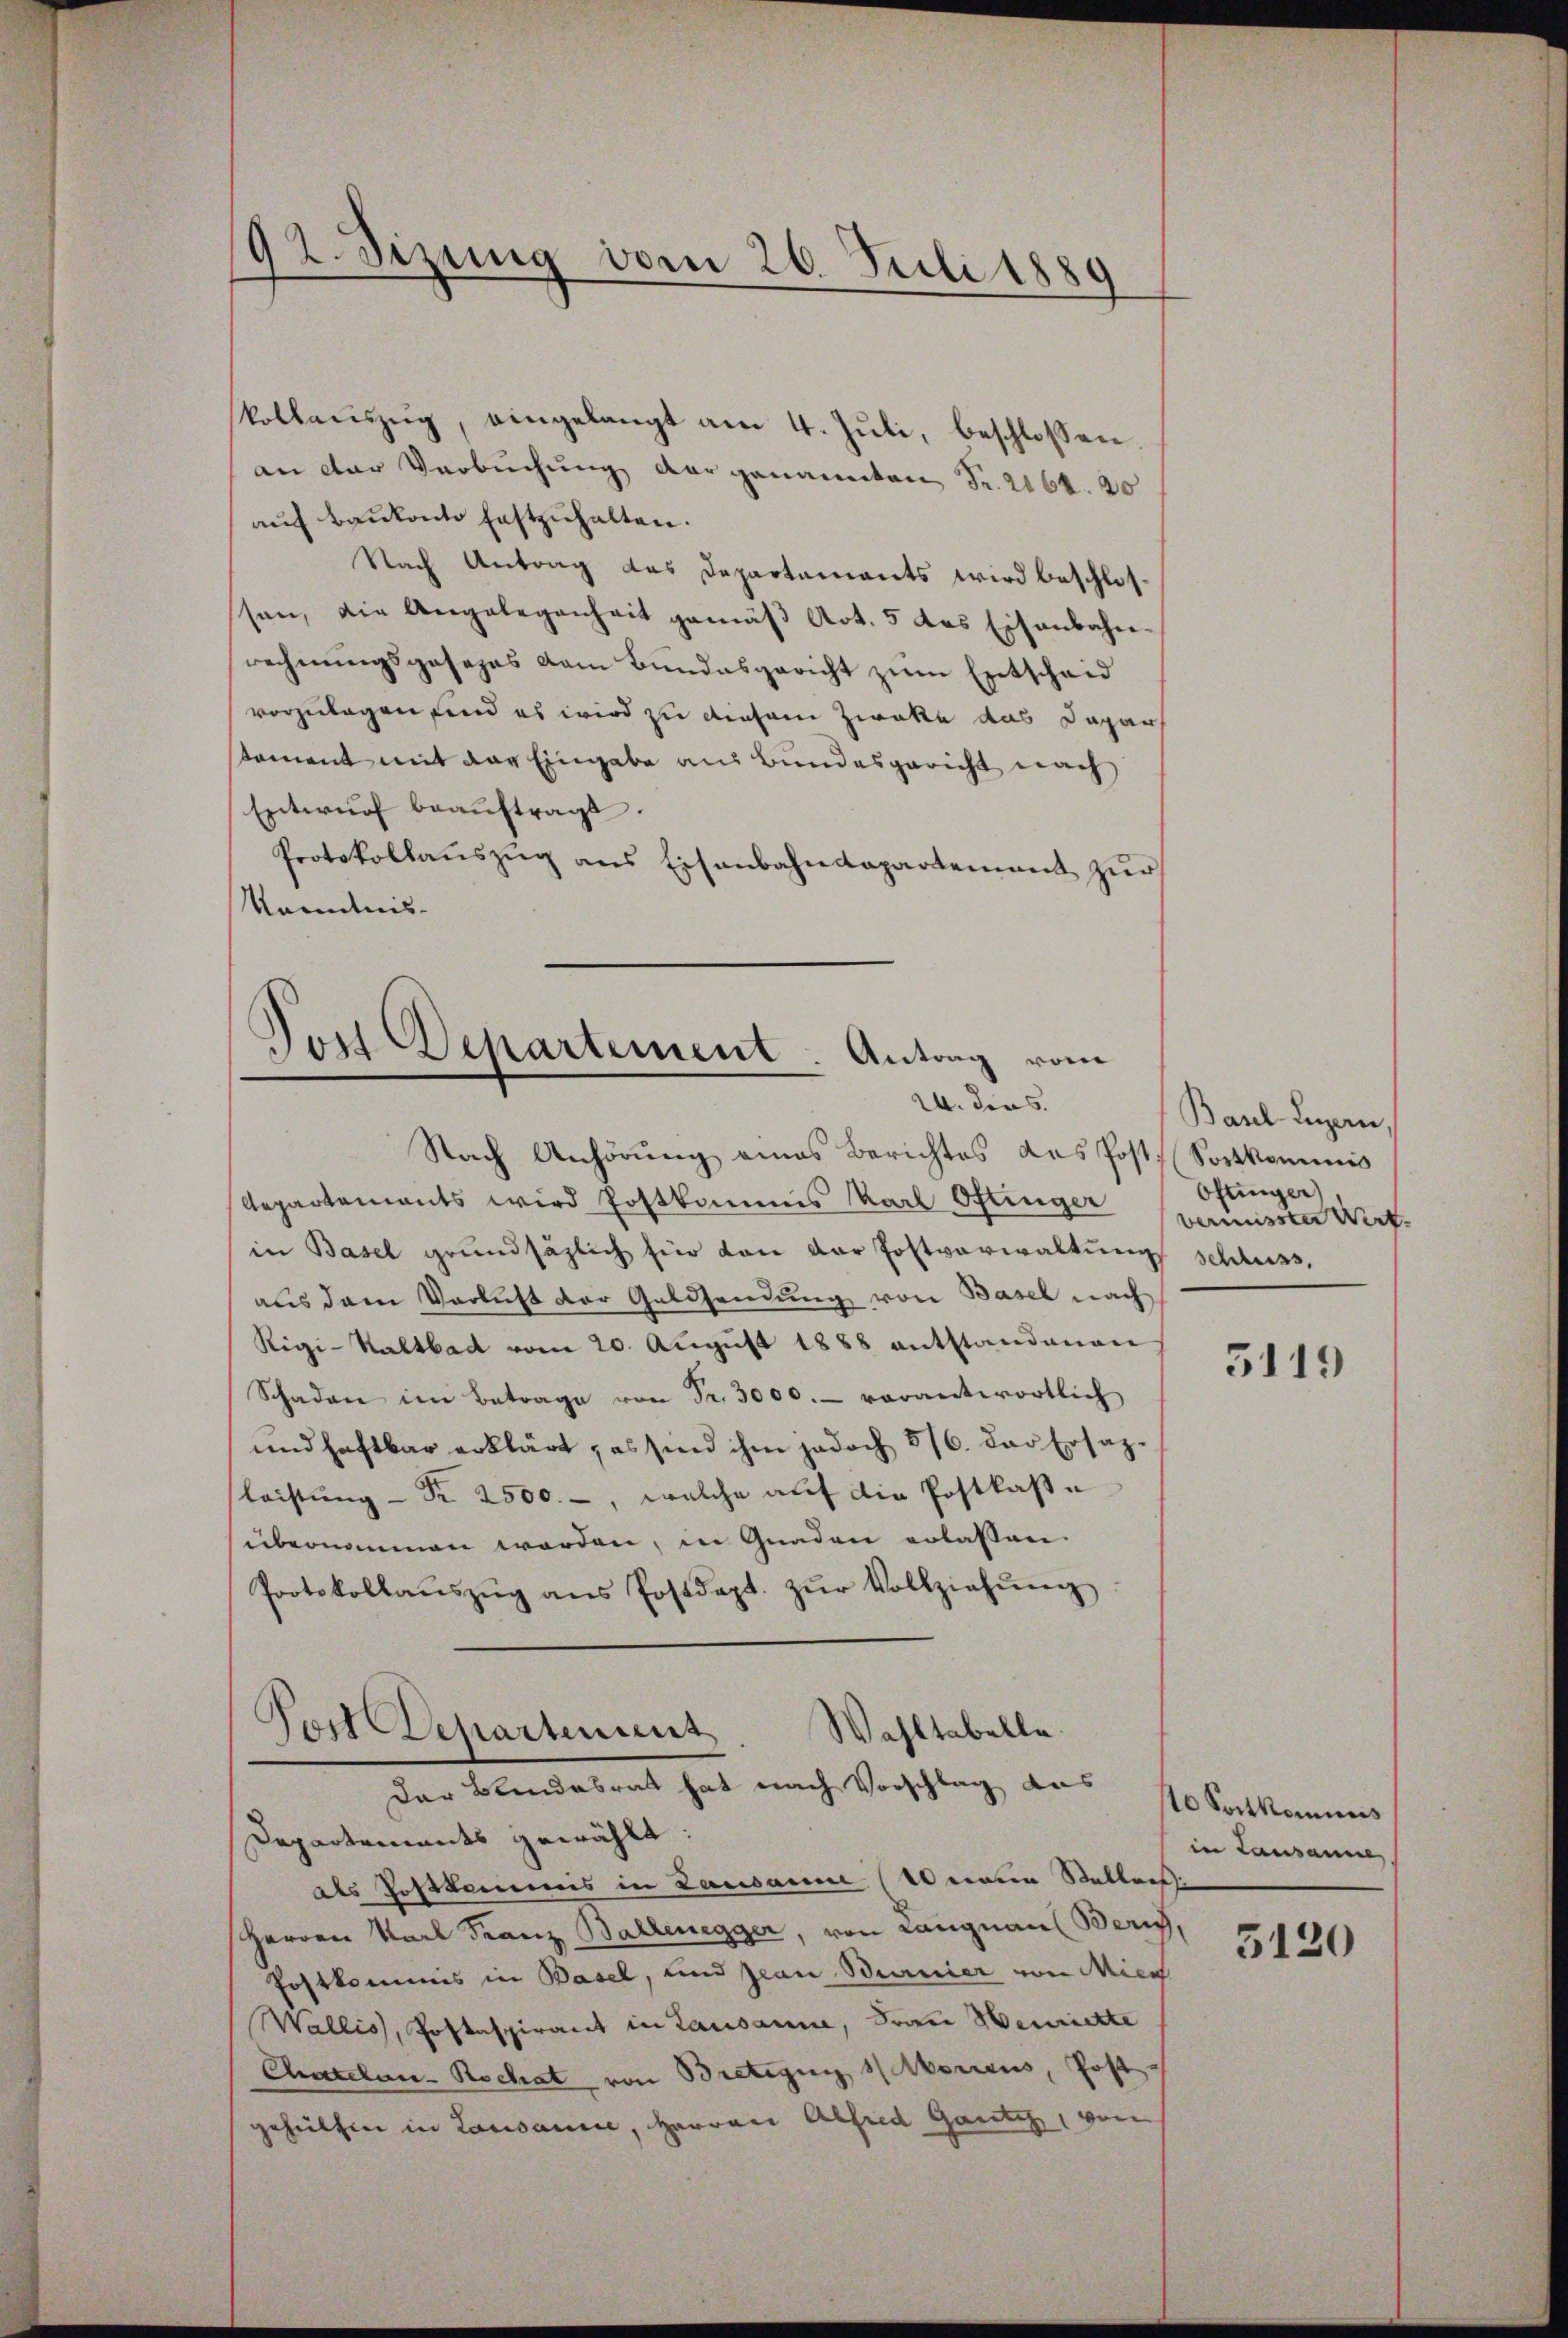
kollaŭszŭg, eingelangt am 4. Juli, beschlossen.
an der Verbuchung der genannten Fr. 264. 20
aŭf Bankonto festzŭhalten.
Nach Antrag das Departements wird beschlosssen, die Angelegenheit gemäβ Art. 5 das Eisenbahn-
rechnungsgesezes vom Bundesgericht zum Entscheid
vorzulegen sind es wird zu diesem Zweke das Dapar
koment mit der Eingabe aus Bundesgericht nach
Entwŭrf beaŭftragt.
Protokollauszug aus Eisenbahndepartement zur
Kenntnis-

92. Sizung vom 26. Juli 1889

Post Departement. Antrag vom
24. Diens.

Nach Anhörung eines Berichtes das Post. Sortkommis
Repartements wird Postkommis Karl Oftinger
in Basel grundsätzlich für von der Postverwaltung schluss,
aus dem Verlicht der Geldsendung von Basel nach
Rigi-Saltbad vom 20. Aŭgŭst 1888 entstandenen
Schaden im Betrage von Fr. 3000.- vorantwortlich
und haftbar erklärt, es sind ihm jedoch 5/6. das Ersazleistŭng - Fr. 2500.-, welche auf die Postkase
übernommen worden, in Gnaden erlassen
Protokollaŭszŭg ans Postdept. zŭr Vollziehŭng

Tort Departement. Wahltabelle.
Der Blendesrat hat nach Vorschlag des 10 Portkommis

Departements gewählt:
als Postkamens in Lausamme (Wernein Stellers,
Herren Karl Franz Ballenegger, von Langnaus Bern,
Postkommis in Basel, und Jean Burnier von Mien
Wallis, Postaspirant in Lausanne, Frau Henriette
Chatelan-Rochat von Bretigung 11 Moricus, Post
gehülfen in Lausanne, Herren Alfred Gantz, von

Baul Luzern
Oftinger
verissen Wirt

3119

in Lausanne,

5120